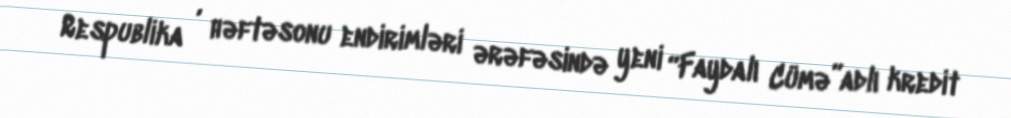
Respublika , həftəsonu endirimləri ərəfəsində yeni “Faydalı Cümə”adlı kredit